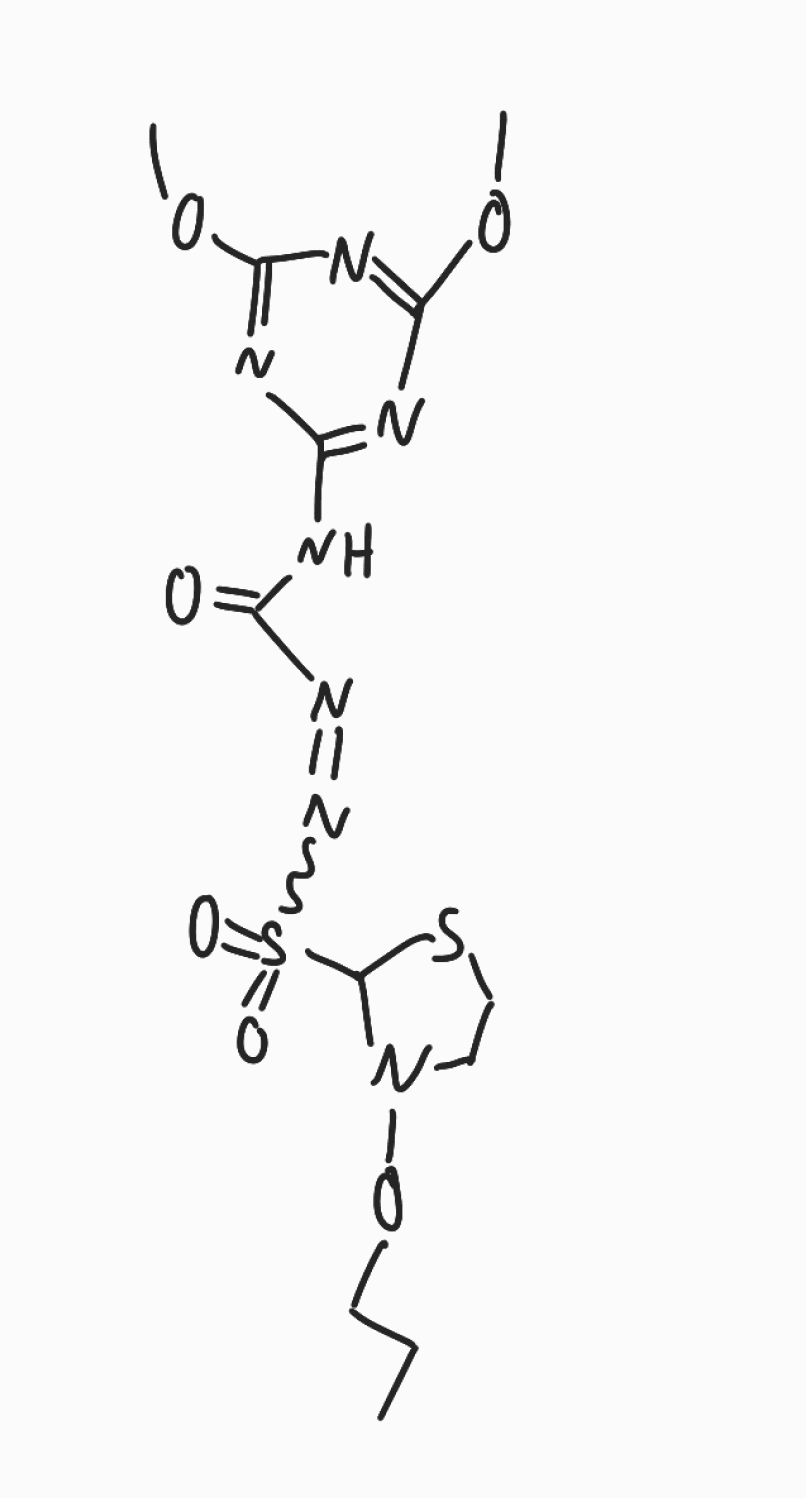
Simplified molecular-input line-entry system (SMILES) notation of the given molecule:
CCCON1CCSC1S(=O)(=O)N=NC(=O)NC2=NC(=NC(=N2)OC)OC